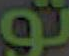
تو